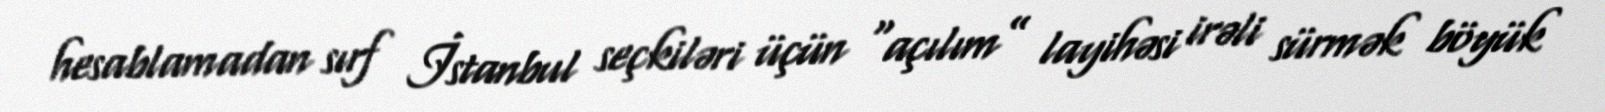
hesablamadan sırf İstanbul seçkiləri üçün “açılım” layihəsi irəli sürmək böyük